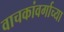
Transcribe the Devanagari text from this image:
वाचकांवर्गाच्या